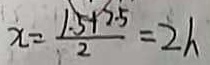
x = \frac { 1 5 + 2 . 5 } { 2 } = 2 h